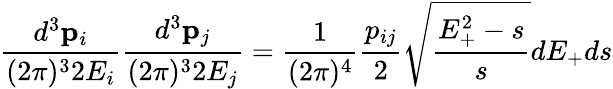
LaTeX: \frac{d^{3}{\mathbf p}_{i}}{(2\pi)^{3}2E_{i}}\frac{d^{3}{\mathbf p}_{j}}{(2\pi)^{3}2E_{j}}=\frac{1}{(2\pi)^{4}}\frac{p_{ij}}{2}\sqrt{\frac{E_{+}^{2}-s}{s}}dE_{+}ds